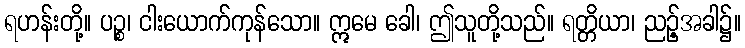
ရဟန်းတို့။ ပဉ္စ၊ ငါးယောက်ကုန်သော။ ဣမေ ခေါ၊ ဤသူတို့သည်။ ရတ္တိယာ၊ ညဉ့်အခါ၌။